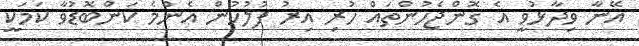
އޭނާ ވިދާޅުވީ އެ ގޮންޖެހުންތައް ހުރި އިރު ފުލުހުން އެންމެ ކަންބޮޑުވާ ކަމަކީ